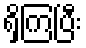
ရှိကြပြီး